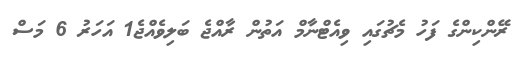
ރޭންކިންގެ ފަހު މެޗުގައި ވިއެޓްނާމް އަތުން ރާއްޖެ ބަލިވެއްޖެ1 އަހަރު 6 މަސް